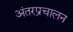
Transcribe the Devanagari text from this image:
अंतरप्रचालन